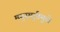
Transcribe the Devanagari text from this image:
मनुस्मृतीमुळे